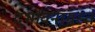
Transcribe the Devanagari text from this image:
दुर्भावनाग्रस्त